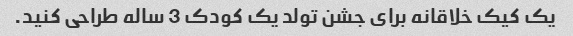
یک کیک خلاقانه برای جشن تولد یک کودک 3 ساله طراحی کنید.